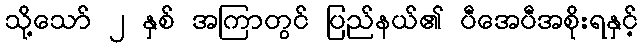
သို့သော် ၂ နှစ် အကြာတွင် ပြည်နယ်၏ ပီအေပီအစိုးရနှင့်